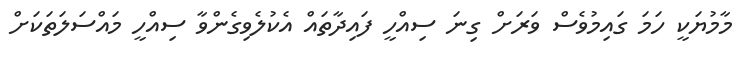
މާމުޔަކީ ހަމަ ގައިމުވެސް ވަރަށް ގިނަ ސިއްހީ ފައިދާތައް އެކުލެވިގެންވާ ސިއްހީ މައްސަލަތަކަށް